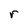
Character: r